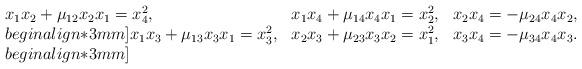
LaTeX: \begin{align*}\begin{array}{llr}x_1 x_2 + \mu_{12} x_2 x_1 = x_4^2, & x_1 x_4 + \mu_{14} x_4 x_1 = x_2^2 , & x_2 x_4 = -\mu_{24}x_4 x_2,\\begin{align*}3mm]x_1x_3 + \mu_{13}x_3 x_1 = x_3^2, & x_2 x_3 + \mu_{23}x_3 x_2= x_1^2, & x_3x_4 = -\mu_{34}x_4x_3.\\begin{align*}3mm]\end{array}\end{align*}